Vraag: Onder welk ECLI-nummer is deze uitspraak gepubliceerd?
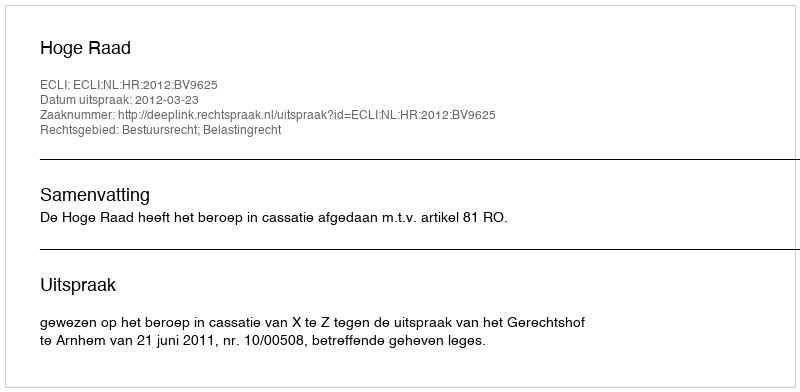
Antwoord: ECLI:NL:HR:2012:BV9625